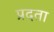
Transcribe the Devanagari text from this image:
प्रदता